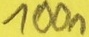
Text: 100Ω